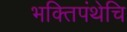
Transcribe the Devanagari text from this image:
भक्तिपंथेचि